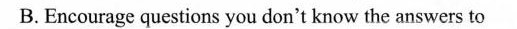
B. Encourage questions you don't know the answers to